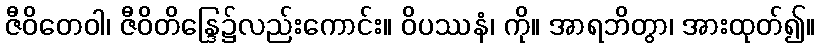
ဇီဝိတေဝါ၊ ဇီဝိတိန္ဒြေ၌လည်းကောင်း။ ဝိပဿနံ၊ ကို။ အာရဘိတွာ၊ အားထုတ်၍။